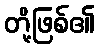
တို့ဖြစ်၏